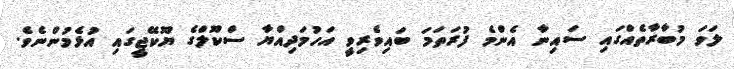
ލަވަ މުބާރާތެއްގައި ސައިނާ އެންމެ ފުރަތަމަ ބައިވެރިވީ އަހުމަދިއްޔާ ސްކޫލްގެ ޔޫކޭޖީގައި އުޅެމުންނެވެ.